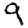
Digit: 9